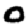
Digit: 0